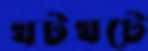
খটখটে